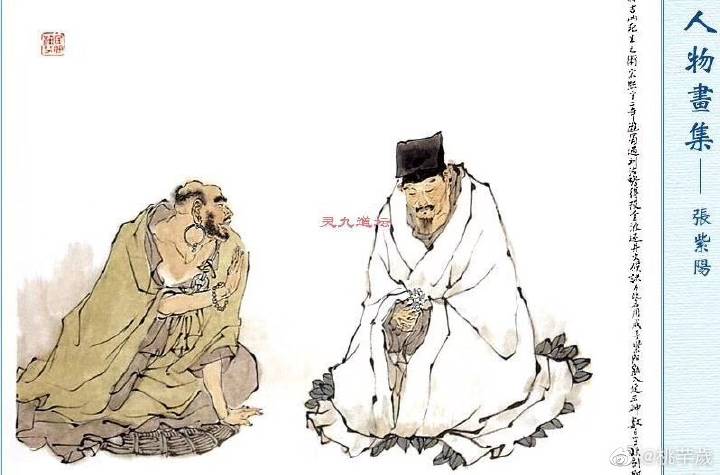
苟不至德，至道不凝焉。